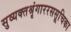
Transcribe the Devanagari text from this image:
सुव्यक्तश्रृंगाररससूचिका